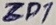
Text: ZD1